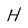
Character: H